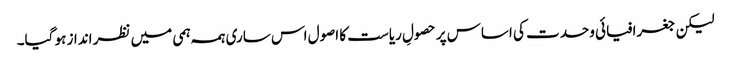
لیکن جغرافیائی وحدت کی اساس پر حصولِ ریاست کا اصول اس ساری ہمہ ہمی میں نظر انداز ہو گیا۔